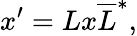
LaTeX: x^{\prime}=Lx\overline{{{L}}}^{*},